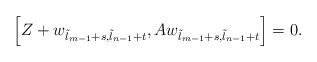
LaTeX: \begin{align*}\left[Z+w_{\tilde{l}_{m-1}+s,\tilde{l}_{n-1}+t},Aw_{\tilde{l}_{m-1}+s,\tilde{l}_{n-1}+t}\right]=0.\end{align*}